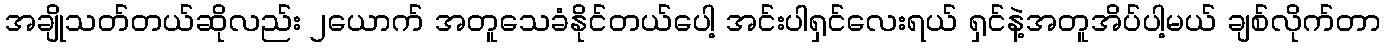
အချိုသတ်တယ်ဆိုလည်း ၂ယောက် အတူသေခံနိုင်တယ်ပေါ့ အင်းပါရှင်လေးရယ် ရှင်နဲ့အတူအိပ်ပါ့မယ် ချစ်လိုက်တာ